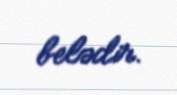
belədir.